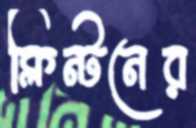
ক্লিন্টনের